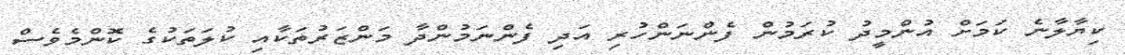
ކިޔާލާނެ ކަމަށް އުންމީދު ކުރަމުން ފެންނަންހުރި އަދި ފެންނަމުންދާ މަންޒަރުތަކާއި ކުލަތަކުގެ ކޮންމެވެސް